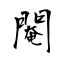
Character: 閹